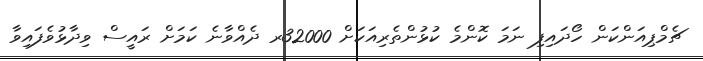
ޗެމްޕިއަންކަން ހޯދައިފި ނަަމަ ކޮންމެ ކުޅުންތެރިއަކަށް 32000ރ ދެއްވާނެ ކަމަށް ރައީސް ވިދާޅުވެފައިވާ